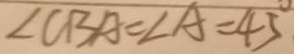
\angle C B A = \angle A = 4 5 ^ { \circ }